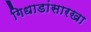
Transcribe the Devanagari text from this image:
गिधाडांसारखा